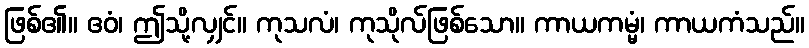
ဖြစ်၏။ ဧဝံ၊ ဤသို့လျှင်။ ကုသလံ၊ ကုသိုလ်ဖြစ်သော။ ကာယကမ္မံ၊ ကာယကံသည်။